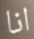
انا